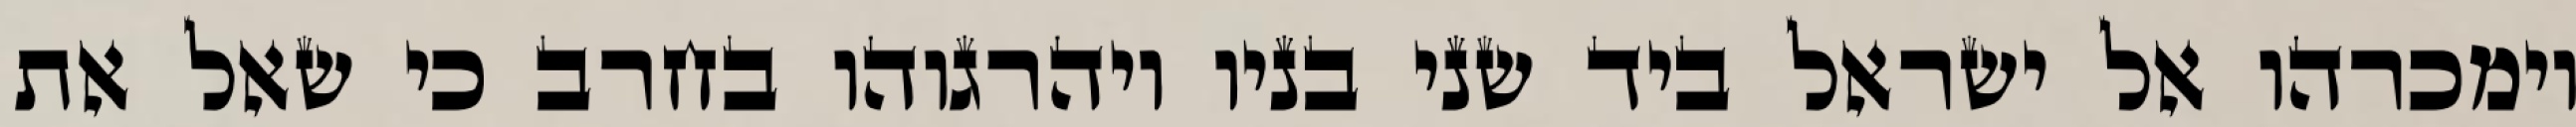
וימכרהו אל ישראל ביד שני בניו ויהרגוהו בחרב כי שאל את